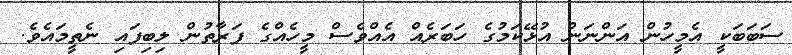
ސަބަބަކީ އެމީހުން އަންނަން އުޅޭކަމުގެ ހަބަރެއް އެއްވެސް މީހެއްގެ ފަރާތުން ލިބިފައި ނެތީމައެވެ.